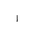
Letter: _alif